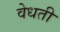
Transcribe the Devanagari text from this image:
वेधती